Vaccination in Burma 1889-1999 - 1889-1999
Year: 1889
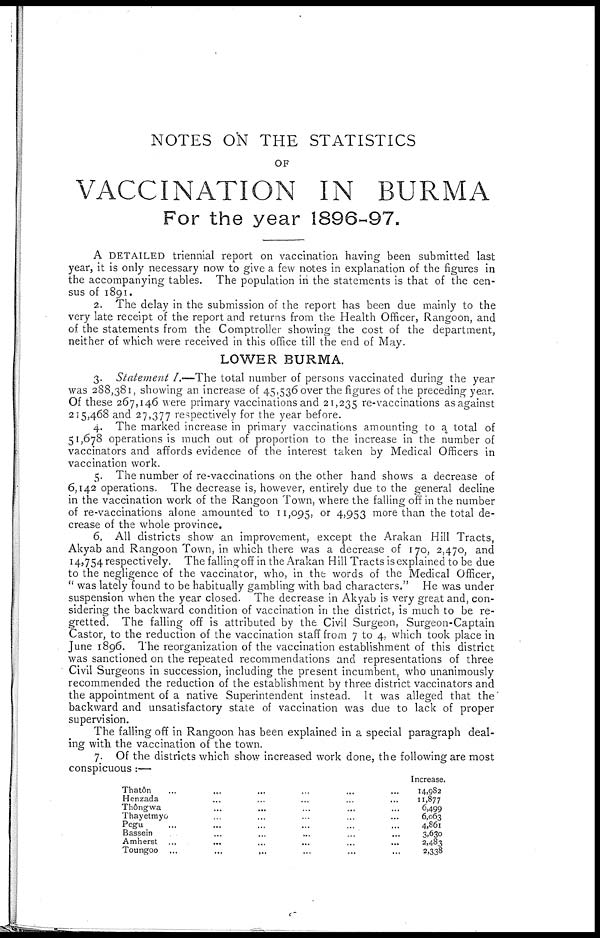
NOTES ON THE STATISTICS
OF
VACCINATION IN BURMA
For the year 1896-97.
A DETAILED triennial report on vaccination having been submitted last
year, it is only necessary now to give a few notes in explanation of the figures in
the accompanying tables. The population in the statements is that of the cen-
sus of 1891.
2. The delay in the submission of the report has been due mainly to the
very late receipt of the report and returns from the Health Officer, Rangoon, and
of the statements from the Comptroller showing the cost of the department,
neither of which were received in this office till the end of May.
LOWER BURMA.
3. Statement I.—The total number of persons vaccinated during the year
was 288,381, showing an increase of 45,536 over the figures of the preceding year.
Of these 267,146 were primary vaccinations and 21,235 re-vaccinations as against
215,468 and 27,377 respectively for the year before.
4. The marked increase in primary vaccinations amounting to a total of
51,678 operations is much out of proportion to the increase in the number of
vaccinators and affords evidence of the interest taken by Medical Officers in
vaccination work.
5. The number of re-vaccinations on the other hand shows a decrease of
6,142 operations. The decrease is, however, entirely due to the general decline
in the vaccination work of the Rangoon Town, where the falling off in the number
of re-vaccinations alone amounted to 11,095, or 4,953 more than the total de-
crease of the whole province.
6. All districts show an improvement, except the Arakan Hill Tracts,
Akyab and Rangoon Town, in. which there was a decrease of 170, 2,470, and
14,754 respectively. The falling off in the Arakan Hill Tracts is explained to be due
to the negligence of the vaccinator, who, in the words of the Medical Officer,
" was lately found to be habitually gambling with bad characters." He was under
suspension when the year closed. The decrease in Akyab is very great and, con-
sidering the backward condition of vaccination in the district, is much to be re-
gretted. The falling off is attributed by the Civil Surgeon, Surgeon-Captain
Castor, to the reduction of the vaccination staff from 7 to 4, which took place in
June 1896. The reorganization of the vaccination establishment of this district
was sanctioned on the repeated recommendations and representations of three
Civil Surgeons in succession, including the present incumbent, who unanimously
recommended the reduction of the establishment by three district vaccinators and
the appointment of a native Superintendent instead. It was alleged that the"
backward and unsatisfactory state of vaccination was due to lack of proper
supervision.
The falling off in Rangoon has been explained in a special paragraph deal-
ing with the vaccination of the town.
7. Of the districts which show increased work done, the following are most
conspicuous :—
Thatôn... ... ... ...
Henzada... ... ... ...
Thôngwa... ... ... ...
Thayetmyo... ... ... ...
Pegu... ... ... ... ... ... ...
Bassein... ... ... ...
Amherst... ... ... ...
Toungoo...
...
...
...
Increase.
14,982
11,877
6,499
6,063
4,861
3,630
2,483
2,338